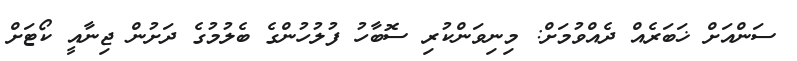
ސަންއަށް ޚަބަރެއް ދެއްވުމަށް: މިނިވަންކުރި ސޮބާހު ފުލުހުންގެ ބެލުމުގެ ދަށުން ޖިނާއީ ކޯޓަށް